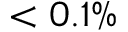
< 0 . 1 \%